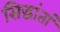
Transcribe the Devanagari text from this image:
सिद्धांतां